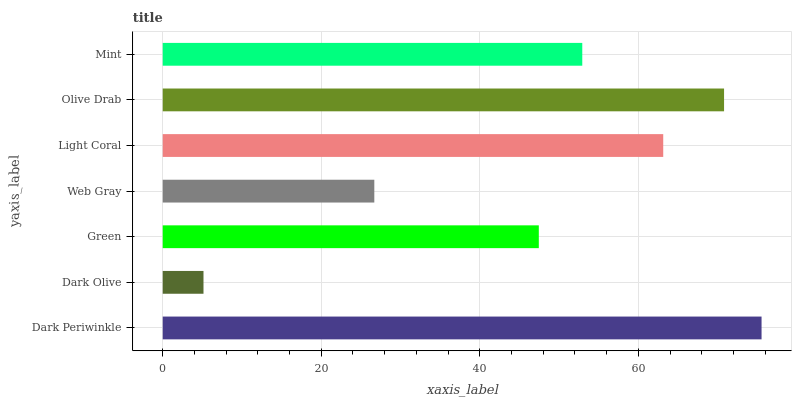
| yaxis_label | bars |
 | --- | --- |
 | Dark Periwinkle | 75.5 |
 | Dark Olive | 5.14 |
 | Green | 47.4 |
 | Web Gray | 26.7 |
 | Light Coral | 63.1 |
 | Olive Drab | 70.8 |
 | Mint | 52.9 |